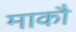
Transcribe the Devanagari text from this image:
माकौ